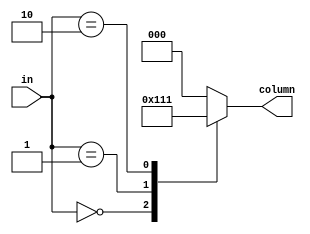
// 2-bit to 3-bit decoder

`timescale 1ns / 1ns // `timescale time_unit/time_precision

module column_decoder(
    input [1:0] in,
    output reg [2:0] column
    );

    always @(*) begin
        case (in)
            2'd0: column <= 3'b100;  // Col 1
            2'd1: column <= 3'b010;  // Col 2
            2'd2: column <= 3'b001;  // Col 3
            default: column <= 3'b000;
        endcase     
    end
endmodule